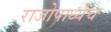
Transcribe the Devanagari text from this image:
राजोपाध्येच